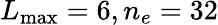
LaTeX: L_{\operatorname*{max}}=6,n_{e}=32